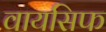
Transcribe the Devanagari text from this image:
वायसिफ